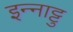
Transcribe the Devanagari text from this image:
इन्नाट्टु